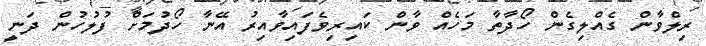
ރިލްވާން ގެއްލިގެން ހޯދާތާ މަހެއް ވާން ކައިރިވެފައިވާއިރު އޭނާ ހޯދުމަށް ފުލުހުން ދަނީ